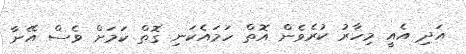
އަދި އެއީ މިހާރު ކުރެވެން އޮތް ހަމައެކަނި ގޮތް ކަމަށް ވެސް އޭނާ